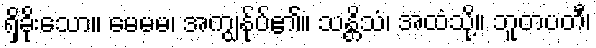
ရှိခိုးသော။ မေမမ၊ အကျွန်ုပ်၏။ သန္တိသံ၊ အထံသို့။ ဘူတပတီ၊